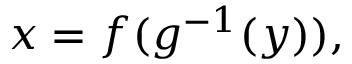
x = f ( g ^ { - 1 } ( y ) ) ,